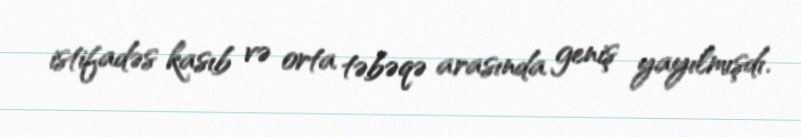
istifadəs kasıb və orta təbəqə arasında geniş yayılmışdı.